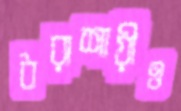
ধরাশায়ীও